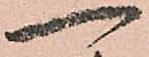
一